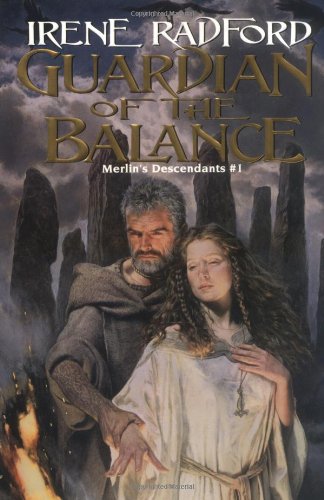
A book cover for Guardian of the Balance (Merlin's Descendants, Vol. 1); Irene Radford; Science Fiction & Fantasy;